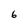
Character: 6